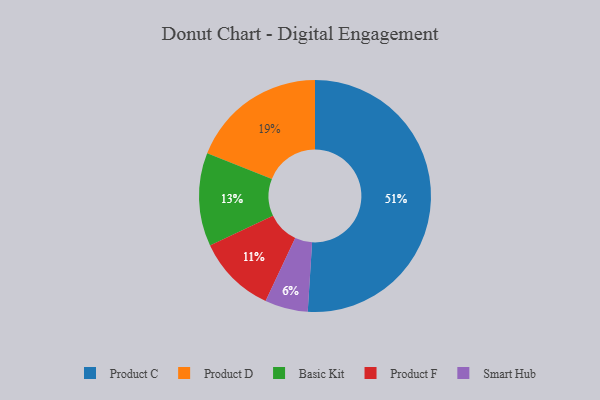
{"axis": {"x": "Category", "y": "Percentage"}, "legend": ["Basic Kit", "Product C", "Product D", "Product F", "Smart Hub"], "data": [{"x": "Product F", "y": 11, "type": "Product F"}, {"x": "Product D", "y": 19, "type": "Product D"}, {"x": "Product C", "y": 51, "type": "Product C"}, {"x": "Smart Hub", "y": 6, "type": "Smart Hub"}, {"x": "Basic Kit", "y": 13, "type": "Basic Kit"}]}